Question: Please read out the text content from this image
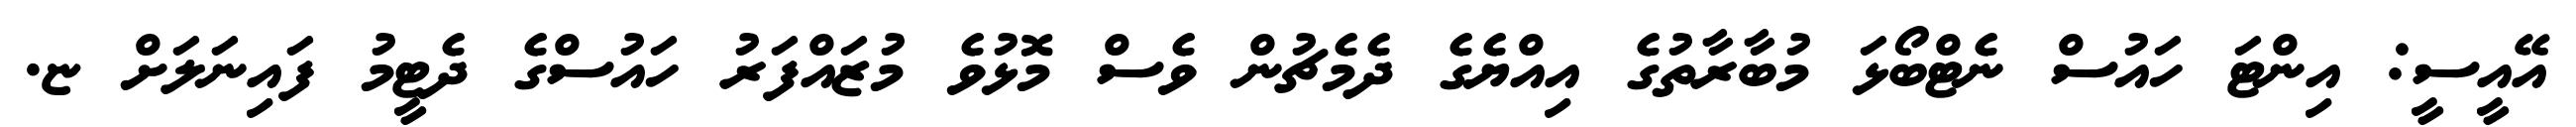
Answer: އޭއީސީ: އިންޓަ ހައުސް ނެޓްބޯޅަ މުބާރާތުގެ އިއްޔެގެ ދެމެޗުން ވެސް މޮޅުވެ މުޒައްފަރު ހައުސްގެ ދެޓީމު ފައިނަލަށް ޏ.